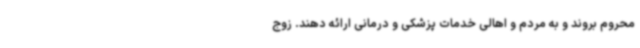
محروم بروند و به مردم و اهالی خدمات پزشکی و درمانی ارائه دهند. زوج